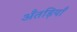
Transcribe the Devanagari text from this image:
अँतड़ियाँ